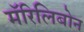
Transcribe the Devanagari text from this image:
मॅरिलिबोन